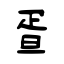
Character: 疍